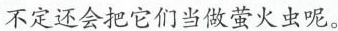
不定还会把它们当做萤火虫呢。